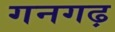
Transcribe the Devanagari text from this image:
गनगढ़